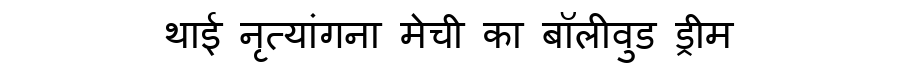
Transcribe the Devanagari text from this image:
थाई नृत्यांगना मेची का बॉलीवुड ड्रीम